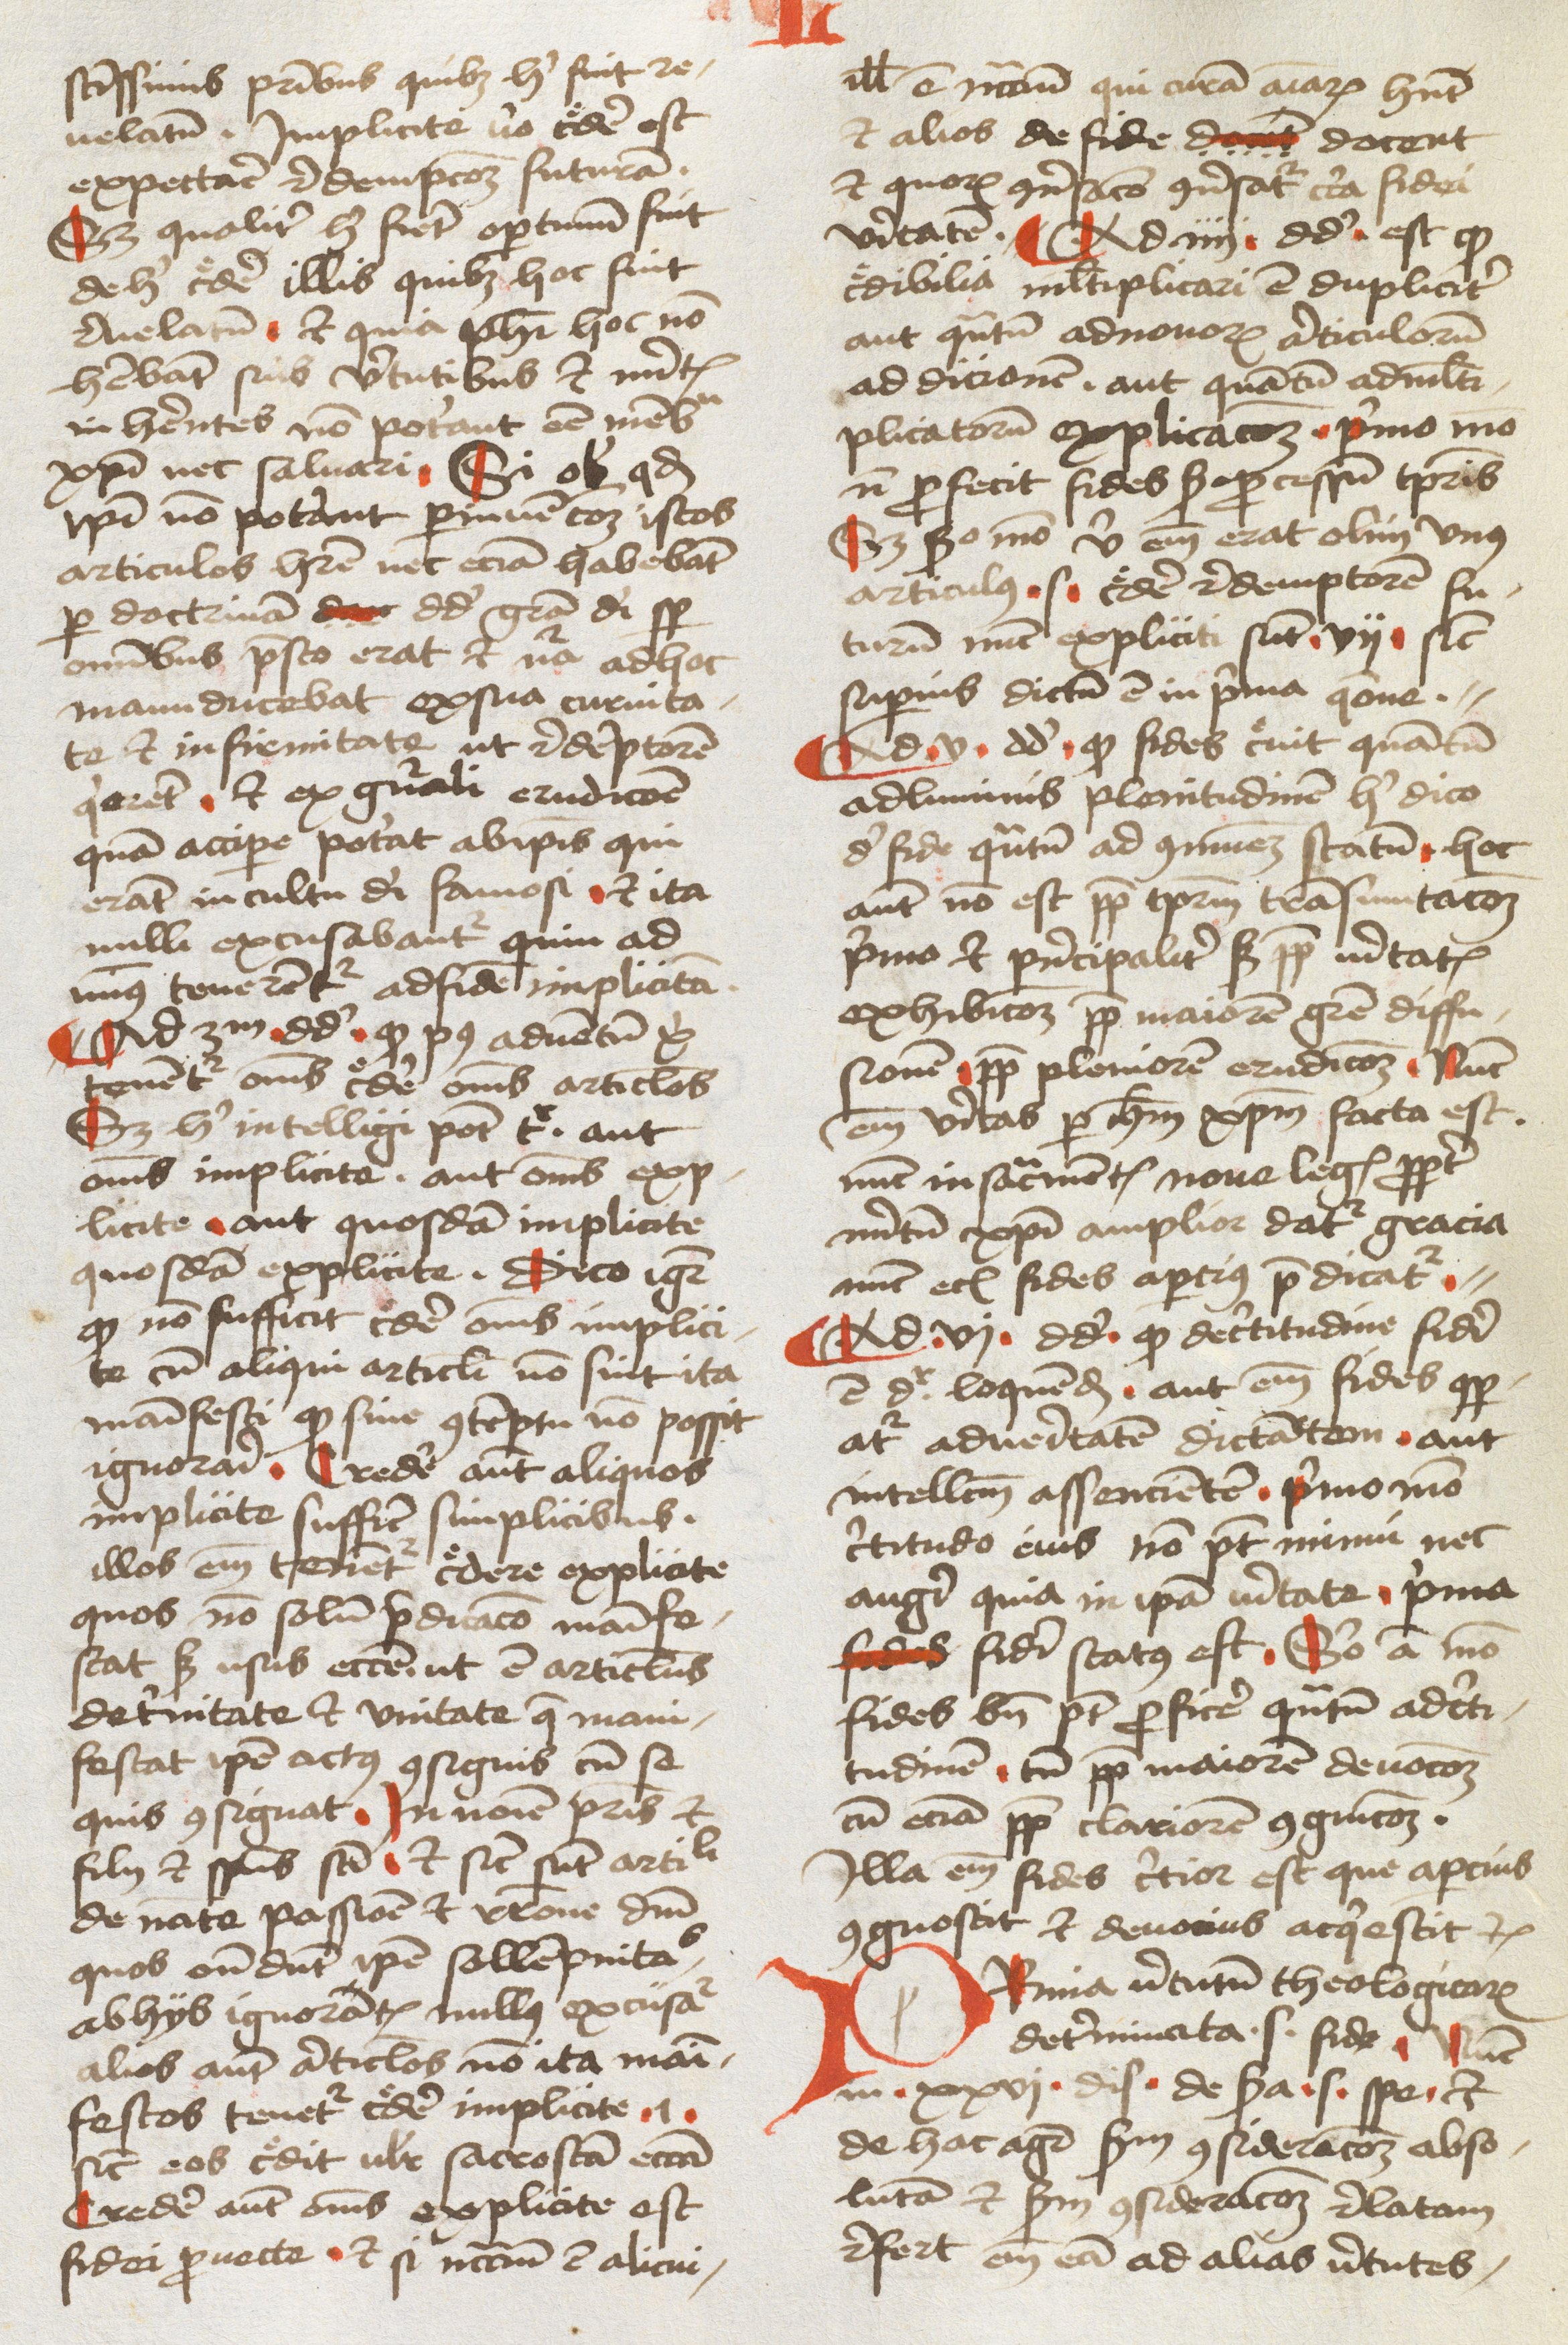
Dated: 1478–1478